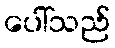
ပေါ်သည်